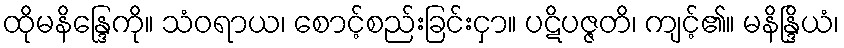
ထိုမနိန္ဒြေကို။ သံဝရာယ၊ စောင့်စည်းခြင်းငှာ။ ပဋိပဇ္ဇတိ၊ ကျင့်၏။ မနိန္ဒြိယံ၊